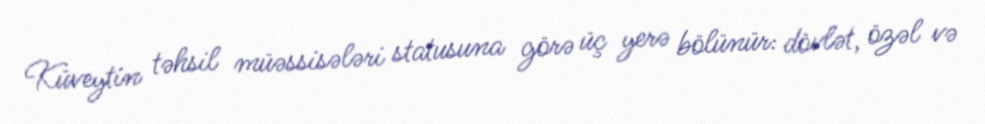
Küveytin təhsil müəssisələri statusuna görə üç yerə bölünür: dövlət, özəl və